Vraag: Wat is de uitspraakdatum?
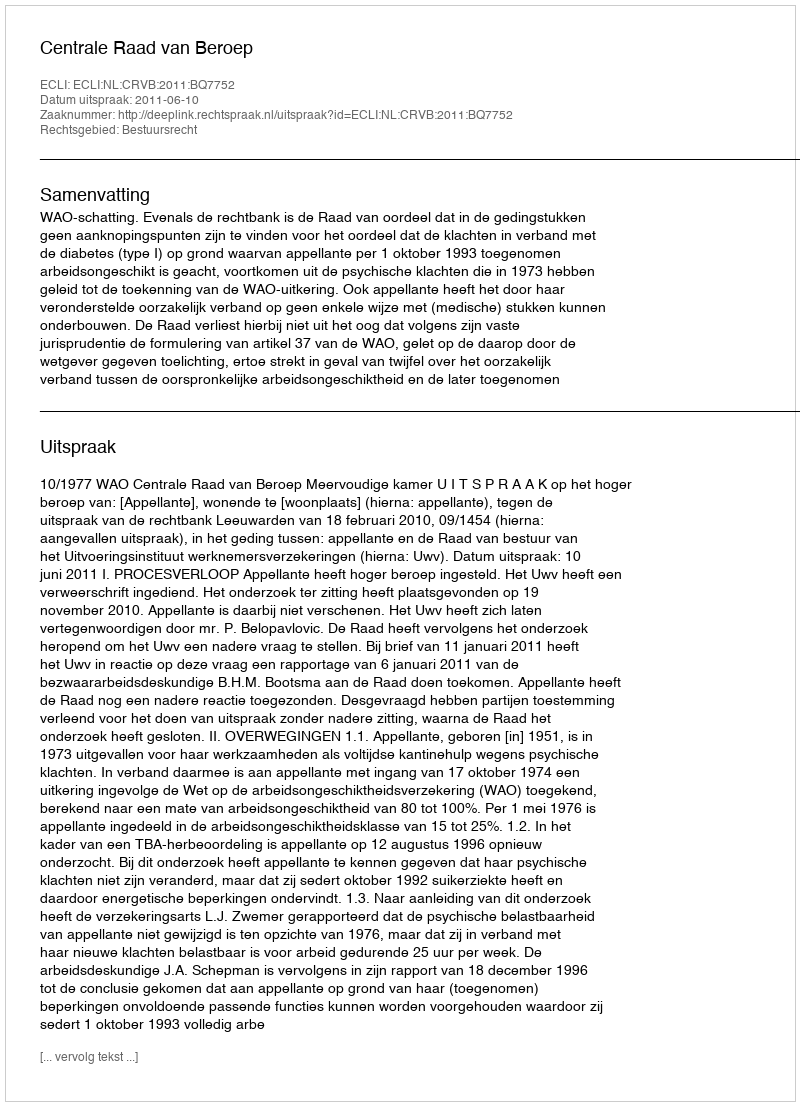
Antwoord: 2011-06-10